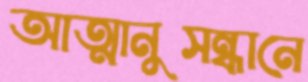
আত্মানুসন্ধানে